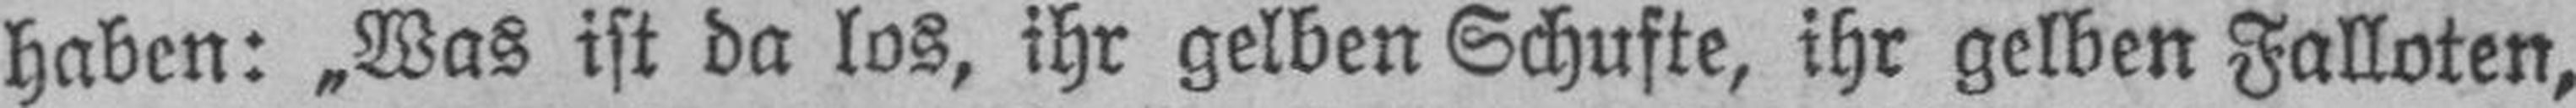
haben: „Was ist da los, ihr gelben Schufte, ihr gelben Falloten,